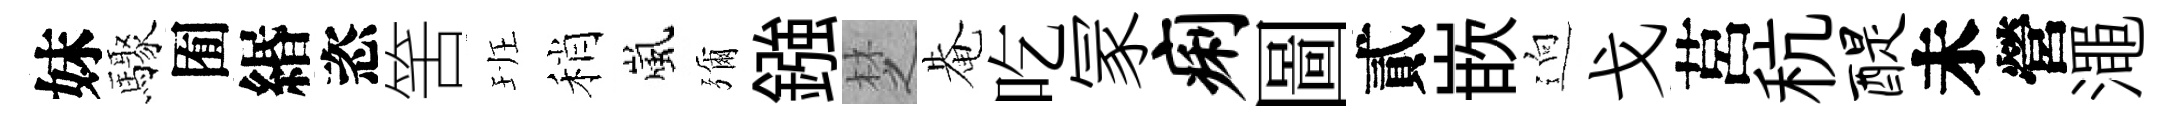
妹驟囿緡恣筈班稍嵐彌鏹椘𤲅吃冡痢圖貳嵌逈戈莒秔醍未營澠